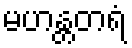
မဟန္တတရံ